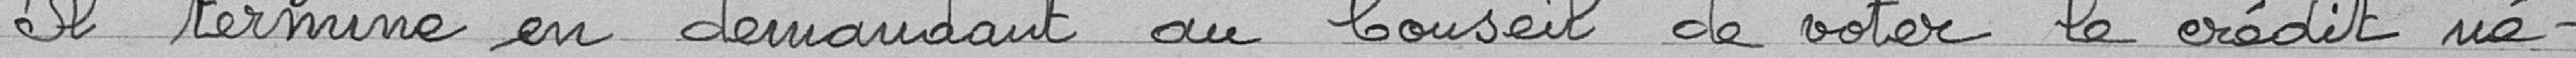
Il termine en demandant au Conseil de voter le crédit né